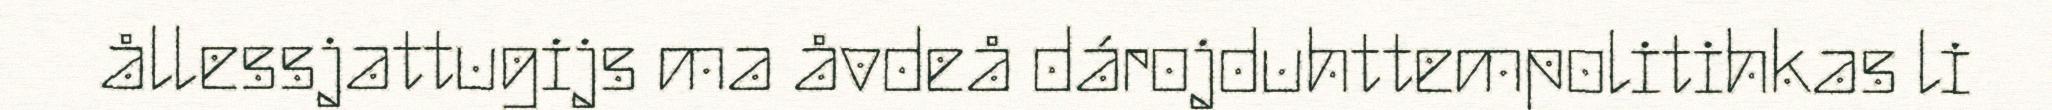
ållessjattugijs ma åvdeå dárojduhttempolitihkas li